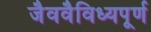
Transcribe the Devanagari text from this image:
जैववैविध्यपूर्ण